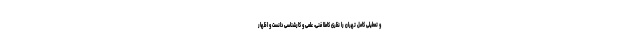
و تعطیلی کامل تهران را نظری کاملا فنی، علمی و کارشناسی دانست و اظهار